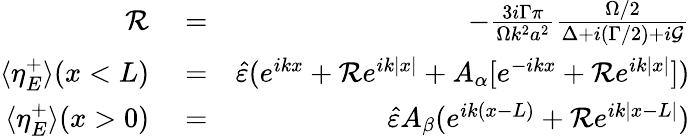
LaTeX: \begin{array}{rlr}{{\cal R}}&{{}=}&{-\frac{3i\Gamma\pi}{\Omega k^{2}a^{2}}\frac{\Omega/2}{\Delta+i(\Gamma/2)+i{\cal G}}}\\ {\langle\eta_{E}^{+}\rangle(x<L)}&{{}=}&{\hat{\varepsilon}(e^{ikx}+{\cal R}e^{ik|x|}+A_{\alpha}[e^{-ikx}+{\cal R}e^{ik|x|}])}\\ {\langle\eta_{E}^{+}\rangle(x>0)}&{{}=}&{\hat{\varepsilon}A_{\beta}(e^{ik(x-L)}+{\cal R}e^{ik|x-L|})}\end{array}